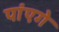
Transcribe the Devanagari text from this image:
पांएगे